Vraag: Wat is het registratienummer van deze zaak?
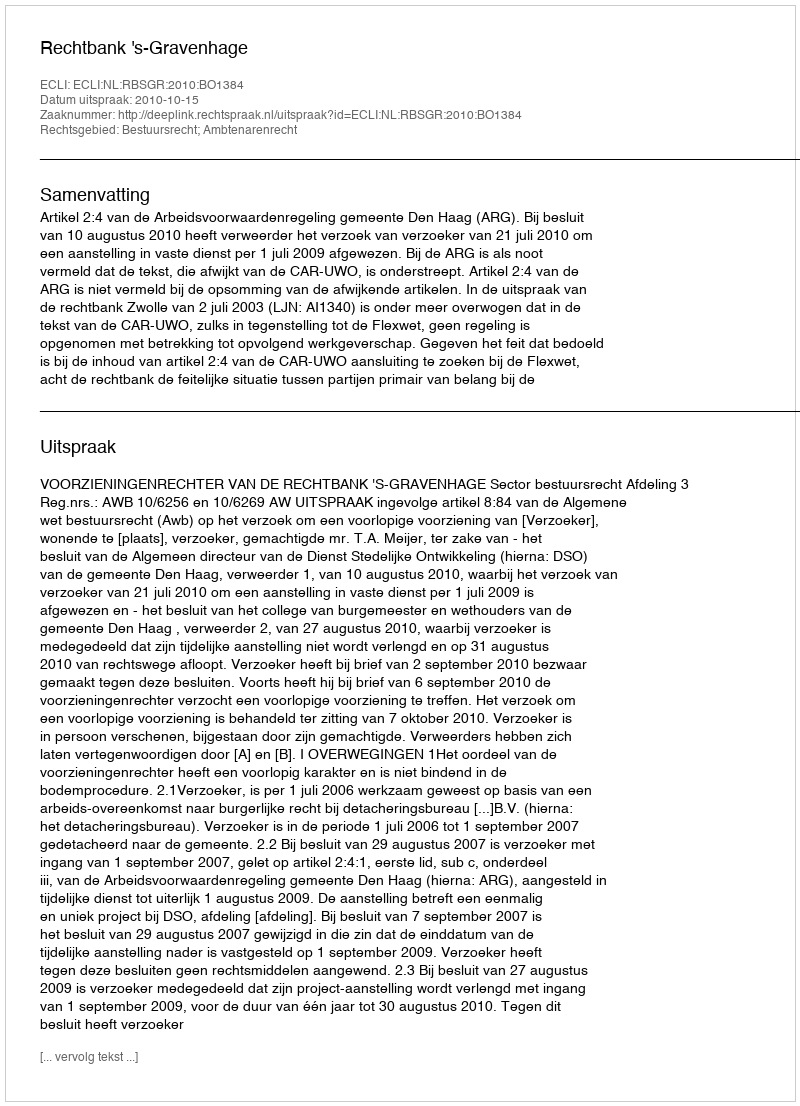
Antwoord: http://deeplink.rechtspraak.nl/uitspraak?id=ECLI:NL:RBSGR:2010:BO1384